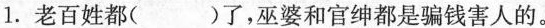
1.老百姓都()了，巫婆和官绅都是骗钱害人的。